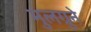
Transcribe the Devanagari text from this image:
मुलग्रुने